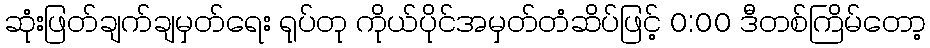
ဆုံးဖြတ်ချက်ချမှတ်ရေး ရုပ်တု ကိုယ်ပိုင်အမှတ်တံဆိပ်ဖြင့် 0:00 ဒီတစ်ကြိမ်တော့